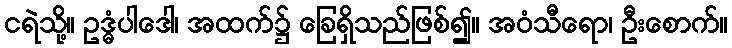
ငရဲသို့။ ဥဒ္ဓံပါဒေါ၊ အထက်၌ ခြေရှိသည်ဖြစ်၍။ အဝံသီရော၊ ဦးစောက်။